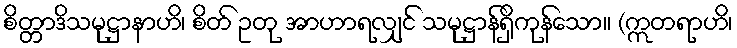
စိတ္တာဒိသမုဋ္ဌာနာဟိ၊ စိတ် ဥတု အာဟာရလျှင် သမုဋ္ဌာန်ရှိကုန်သော။ (ဣတရာဟိ၊